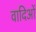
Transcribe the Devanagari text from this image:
वादिओं